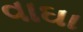
વાઘા